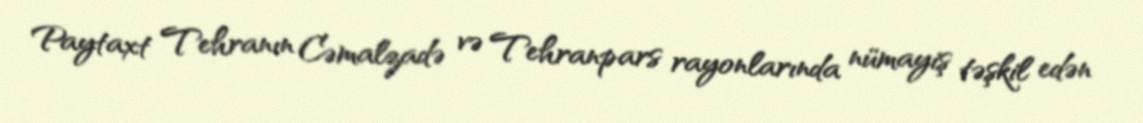
Paytaxt Tehranın Cəmalzadə və Tehranpars rayonlarında nümayiş təşkil edən